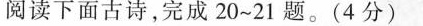
阅读下面古诗，完成20~21题。(4分)